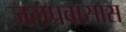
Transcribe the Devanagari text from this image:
जलप्रवासास